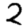
Digit: 2